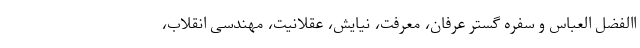
االفضل العباس و سفره گستر عرفان، معرفت، نیایش، عقلانیت، مهندسی انقلاب،